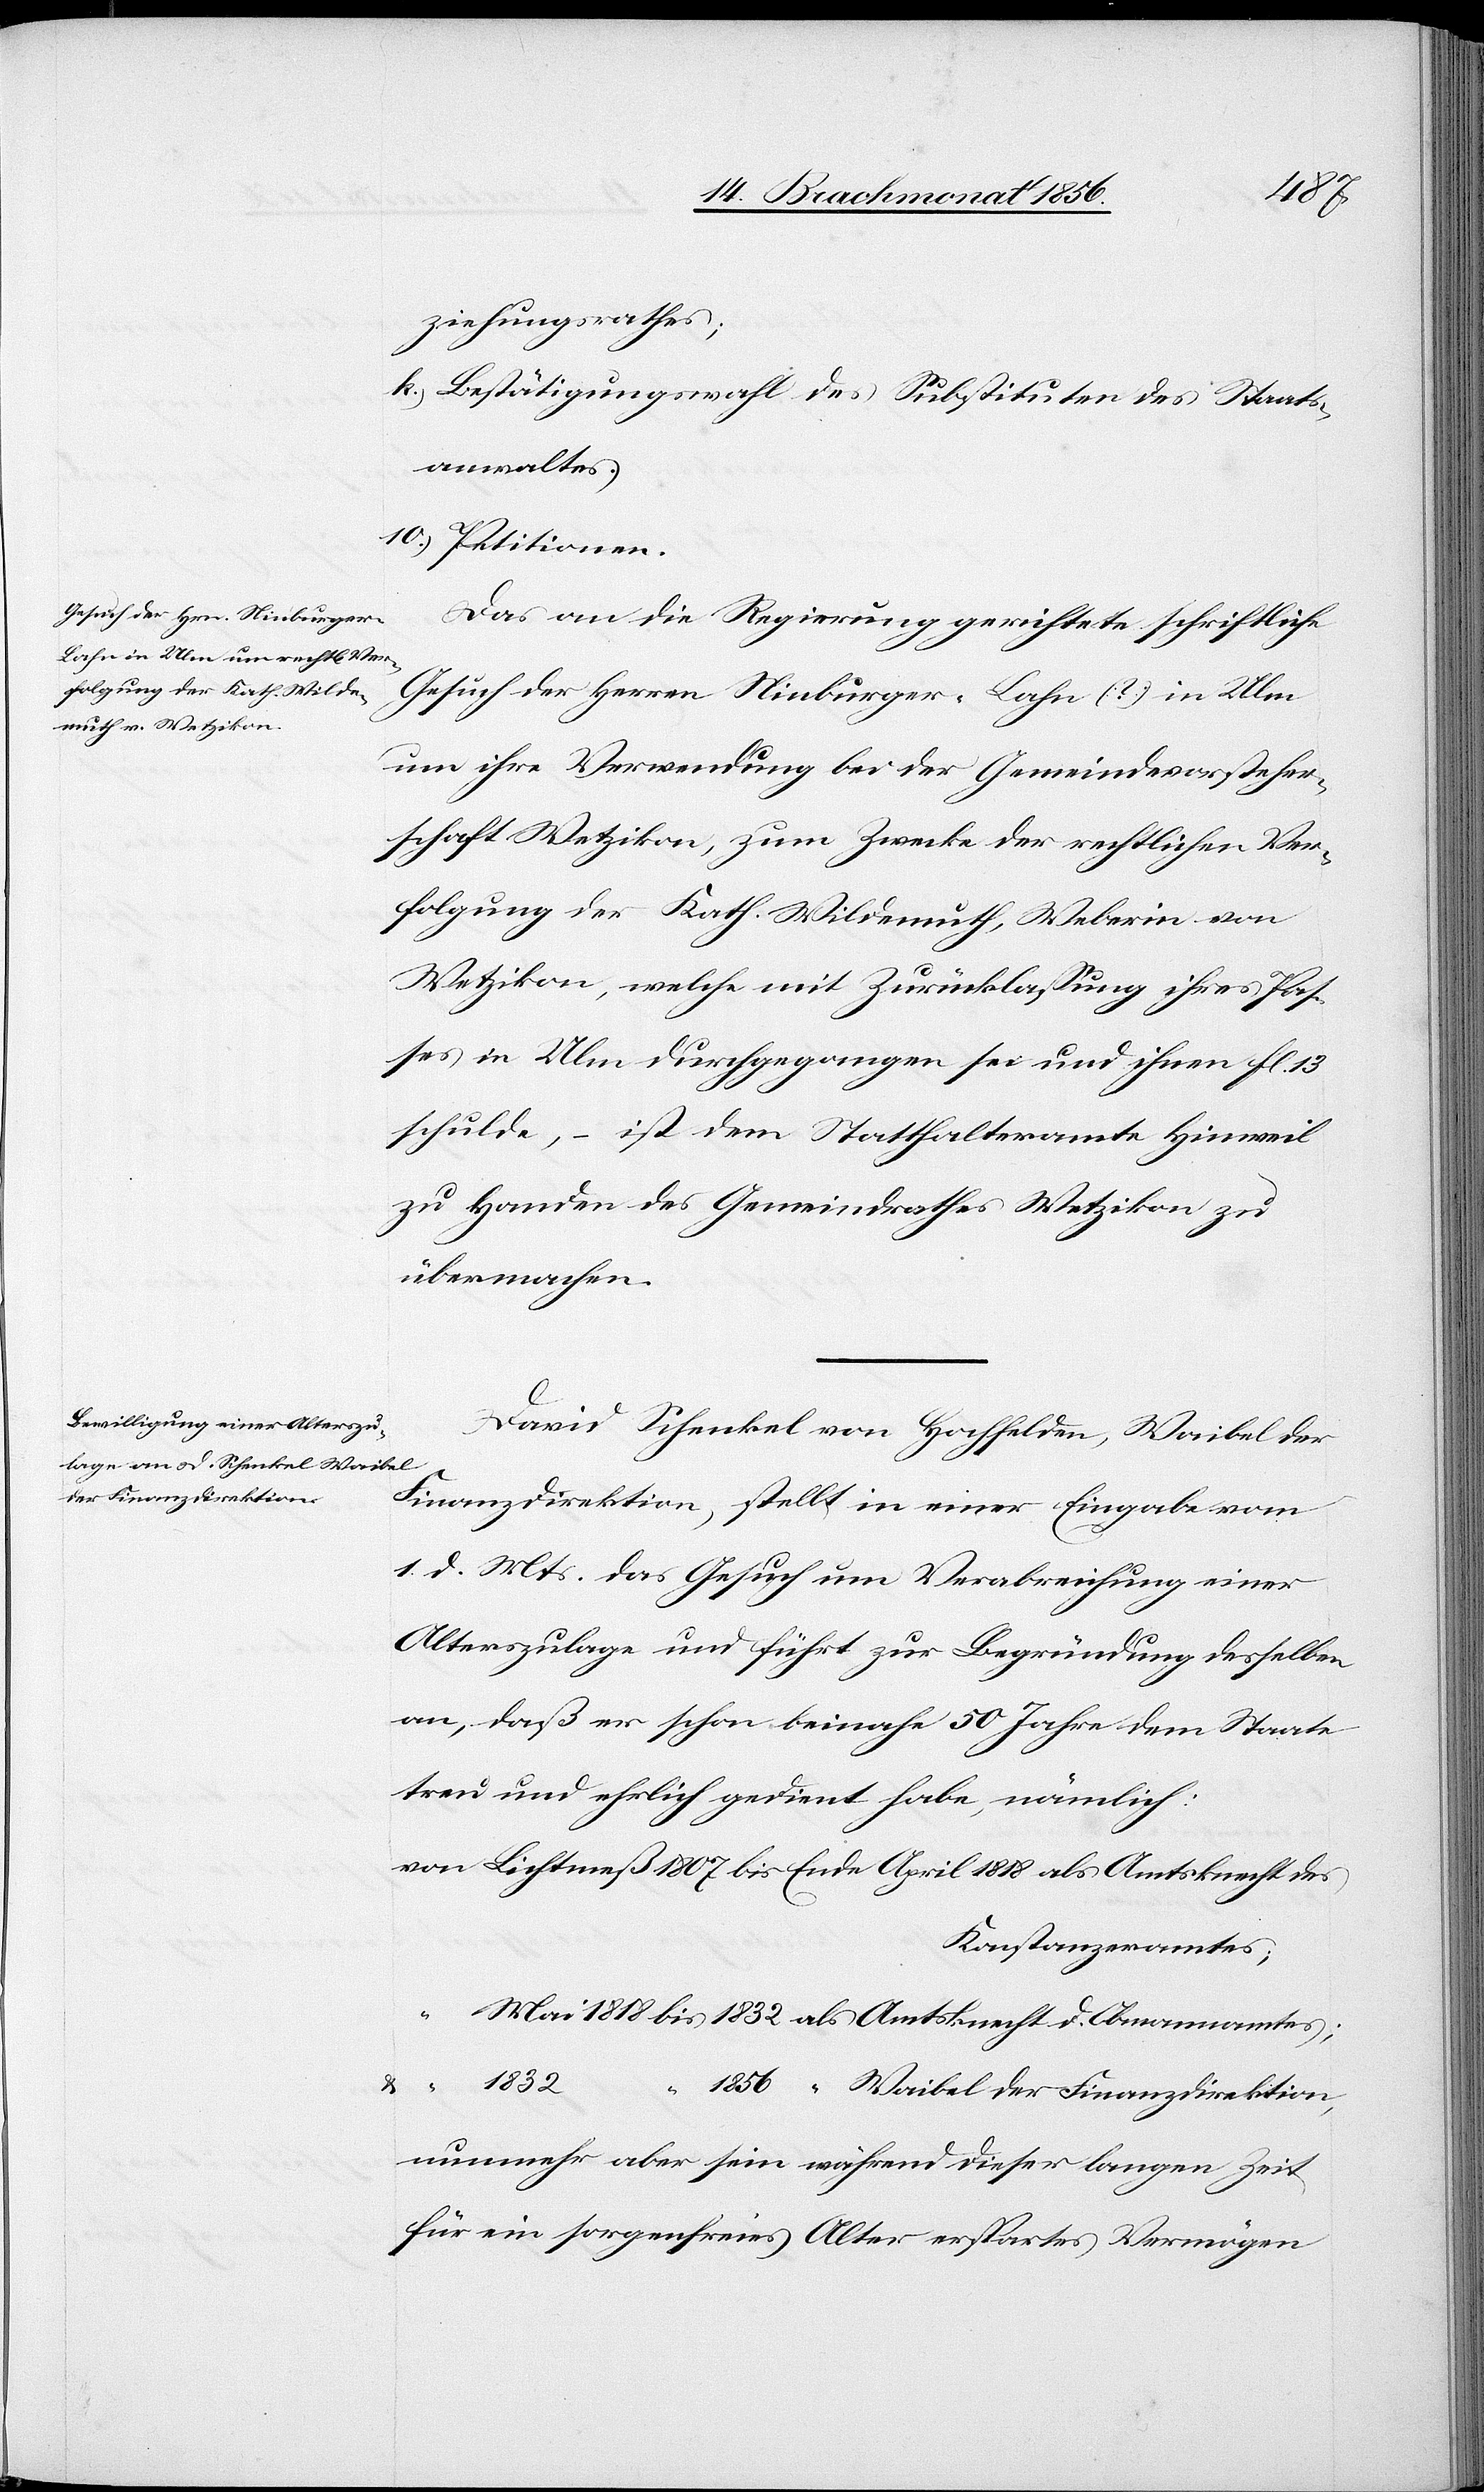
ziehungsrathes;
k.) Bestätigungswahl des Substituten des Staats¬
anwaltes.
10.) Petitionen.
Das an die Regierung gerichtete schriftliche
Gesuch der Herren Ninburger-Lahn (?) in Ulm
um ihre Verwendung bei der Gemeindevorsteher¬
schaft Wetzikon, zum Zwecke der rechtlichen Ver¬
folgung der Kath. Wildemuth, Weberin von
Wetzikon, welche mit Zurücklassung ihres Pas¬
ses in Ulm durchgegangen sei und ihnen fl. 13
schulde, – ist dem Statthalteramte Hinweil
zu Handen des Gemeindrathes Wetzikon zu
übermachen.
David Schenkel von Hochfelden, Waibel der
Finanzdirektion, stellt in einer Eingabe vom
1. d. Mts. das Gesuch um Verabreichung einer
Alterszulage und führt zur Begründung desselben
an, daß er schon beinahe 50 Jahre dem Staate
treu und ehrlich gedient habe, nämlich:
von Lichtmeß 1807 bis Ende April 1818 als Amtsknecht des
Konstanzeramtes;
“	Mai 1818 bis 1832 als Amtsknecht d. Obmannamtes;
1856	“ Waibel der Finanzdirektion,
nunmehr aber sein während dieser langen Zeit
für ein sorgenfreies Alter erspartes Vermögen